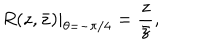
LaTeX: R ( z , \bar { z } ) | _ { \theta = - \pi / 4 } = \frac { z } { \bar { z } } ,